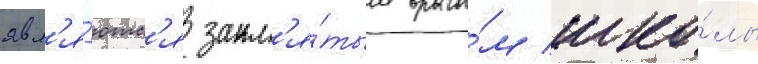
явл'я́ютс'я закл'я́тым враго́м шко́лы